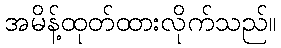
အမိန့်ထုတ်ထားလိုက်သည်။